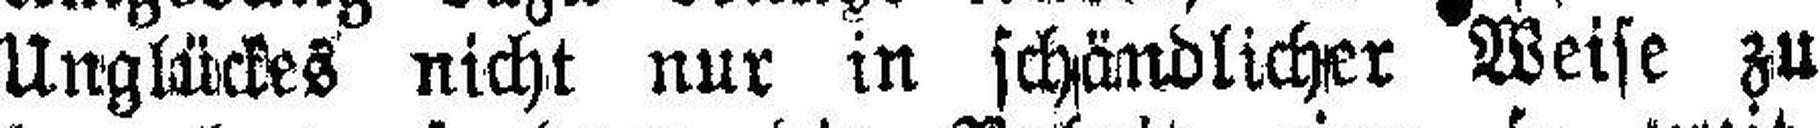
Unglückes nicht nur in schändlicher Weise zu